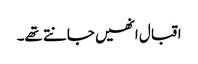
اقبال انھیں جانتے تھے۔